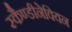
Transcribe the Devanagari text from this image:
स्कैण्डीनेवियन